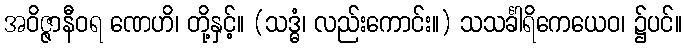
အဝိဇ္ဇာနီဝရ ဏေဟိ၊ တို့နှင့်။ (သဒ္ဓံ၊ လည်းကောင်း။) သသင်္ခါရိကေယေဝ၊ ၌ပင်။